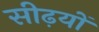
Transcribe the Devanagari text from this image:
सीढ़यों